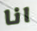
انا